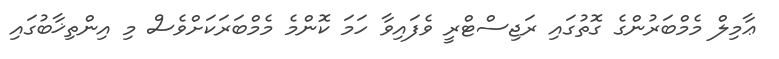
ޢާމިލް މެމްބަރުންގެ ގޮތުގައި ރަޖިސްޓްރީ ވެފައިވާ ހަމަ ކޮންމެ މެމްބަރަކަށްވެސް މި އިންތިޚާބުގައި